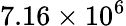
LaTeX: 7.16\times 10^{6}